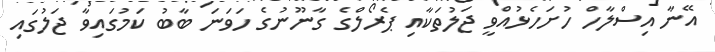
އޭނާ އިސްލާހް ހުށަހެޅުއްވީ ޖަލުތަކާއި ޕެރޯލްގެ ގާނޫނުގެ ހަވަނަ ބާބު ކަމުގައިވާ ޖަލުގައި